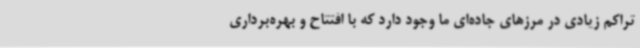
تراکم زیادی در مرزهای جاده‌ای ما وجود دارد که با افتتاح و بهره‌برداری